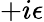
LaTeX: +i\epsilon